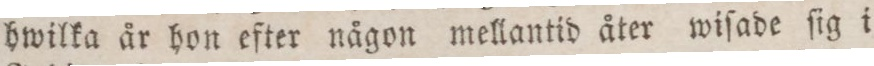
hwilka år hon efter någon mellantid åter wiſade ſig i